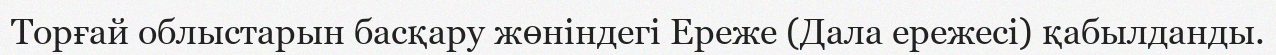
Торғай облыстарын басқару жөніндегі Ереже (Дала ережесі) қабылданды.